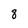
Character: 8